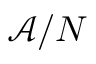
\mathcal { A } / N